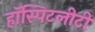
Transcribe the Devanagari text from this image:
हॉस्पिटलीटी